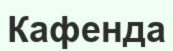
Кафенда